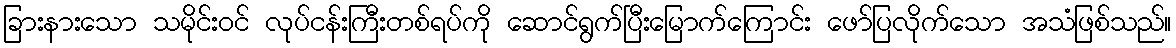
ခြားနားသော သမိုင်းဝင် လုပ်ငန်းကြီးတစ်ရပ်ကို ဆောင်ရွက်ပြီးမြောက်ကြောင်း ဖော်ပြလိုက်သော အသံဖြစ်သည်။